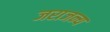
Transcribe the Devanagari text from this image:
जराजन्य